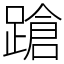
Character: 蹌